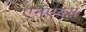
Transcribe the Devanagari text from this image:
एनएक्स